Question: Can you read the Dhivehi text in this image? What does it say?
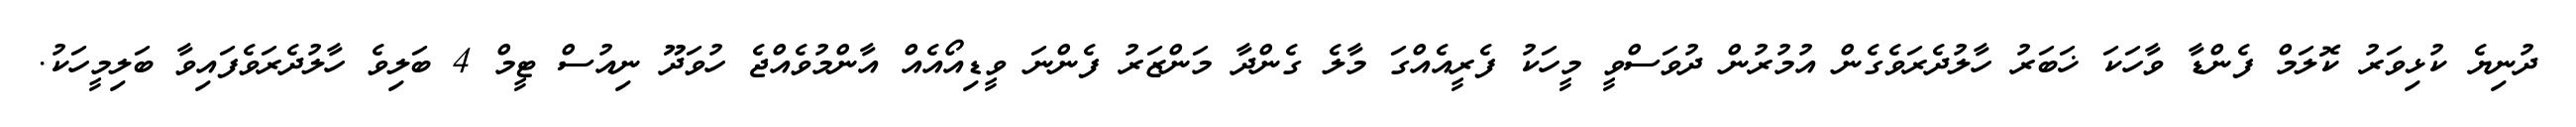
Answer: ދުނިޔެ ކުޅިވަރު ކޮލަމް ފެންޑާ ވާހަކަ ޚަބަރު ހާލުދެރަވެގެން އުމުރުން ދުވަސްވީ މީހަކު ފެރީއެއްގަ މާލެ ގެންދާ މަންޒަރު ފެންނަ ވީޑިއޯއެއް އާންމުވެއްޖެ ހުވަދޫ ނިއުސް ޓީމް 4 ބަލިވެ ހާލުދެރަވެފައިވާ ބަލިމީހަކު.